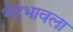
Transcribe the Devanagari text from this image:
भेदभावला